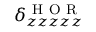
\delta _ { z z z z z } ^ { \mathrm { ~ H ~ O ~ R ~ } }